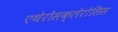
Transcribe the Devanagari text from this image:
एथेरोसक्लेरोसिस